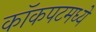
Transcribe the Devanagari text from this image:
कॉकपटमध्ये